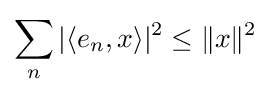
\sum _{n}|\langle e_{n},x\rangle |^{2}\leq \|x\|^{2}